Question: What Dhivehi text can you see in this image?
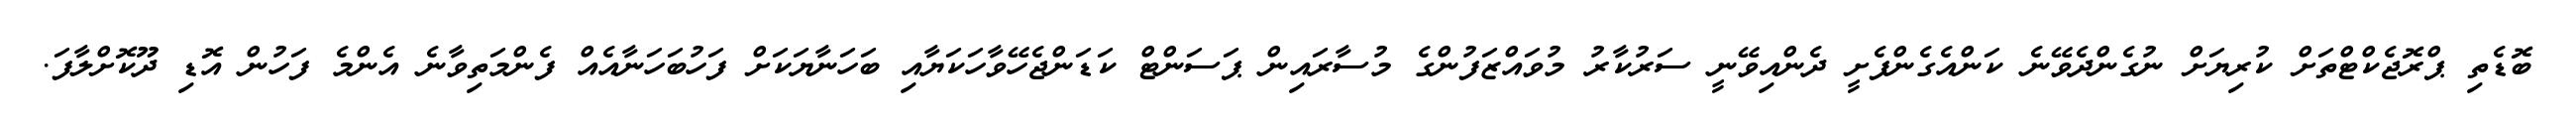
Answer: ބޮޑެތި ޕްރޮޖެކްޓްތަށް ކުރިޔަށް ނުގެންދެވޭނެ ކަންއެގެންފެށީ ދެންއިވޭނީ ސަރުކާރު މުވައްޒަފުންގެ މުސާރައިން ޕަސަންޓް ކަޑަންޖެހޭވާހަކަޔާއި ބަހަނާޔަކަށް ފަހުބަހަނާއެއް ފެންމަތިވާނެ އެންމެ ފަހުން އޮޑި ދޫކޮށްލާފަ.